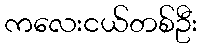
ကလေးငယ်တစ်ဦး